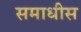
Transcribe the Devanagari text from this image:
समाधीस